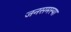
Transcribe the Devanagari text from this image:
जनसमस्या